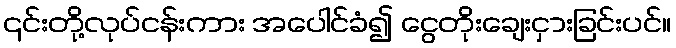
၎င်းတို့လုပ်ငန်းကား အပေါင်ခံ၍ ငွေတိုးချေးငှားခြင်းပင်။